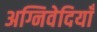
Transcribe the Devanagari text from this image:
अग्निवेदियाँ